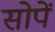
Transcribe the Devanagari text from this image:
सोपें